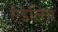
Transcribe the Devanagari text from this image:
ऐडेलिन